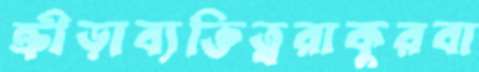
ক্রীড়াব্যক্তিত্বরাকুরবা